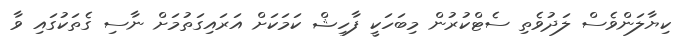
ކިޔާލަންވެސް ލަދުވެތި ސެޓްކުރުން މިބަހަކީ ފާހިޝް ކަމަކަށް އަރައިގަތުމަށް ނާސި ގެތަކުގައި ވާ